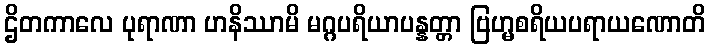
ဌိတကာလေ ပုရာဏာ ဟနိဿာမိ မဂ္ဂပရိယာပန္နတ္တာ ဗြဟ္မစရိယပရာယဏောတိ